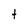
Character: t